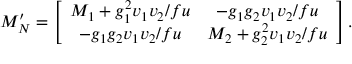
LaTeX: { \cal M _ { N } ^ { \prime } } = \left[ \begin{array} { c c } { { M _ { 1 } + g _ { 1 } ^ { 2 } v _ { 1 } v _ { 2 } / f u } } & { { - g _ { 1 } g _ { 2 } v _ { 1 } v _ { 2 } / f u } } \\ { { - g _ { 1 } g _ { 2 } v _ { 1 } v _ { 2 } / f u } } & { { M _ { 2 } + g _ { 2 } ^ { 2 } v _ { 1 } v _ { 2 } / f u } } \end{array} \right] .